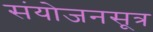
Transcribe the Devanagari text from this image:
संयोजनसूत्र